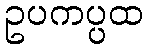
ဥပကပ္ပထ